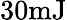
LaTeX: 30\mathrm{mJ}